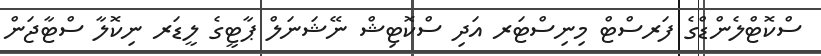
ސްކޮޓްލެންޑްގެ ފަރސްޓް މިނިސްޓަރ އަދި ސްކޮޓިޝް ނޭޝަނަލް ޕާޓީގެ ލީޑަރ ނިކޮލާ ސްޓާޖަން